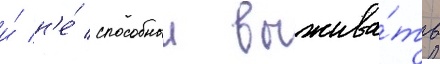
и́ н'е́ способныи выжива́ть